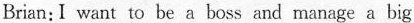
Brian: I want to be a boss and manage a big